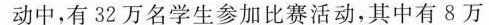
动中，有32万名学生参加比赛活动，其中有8万